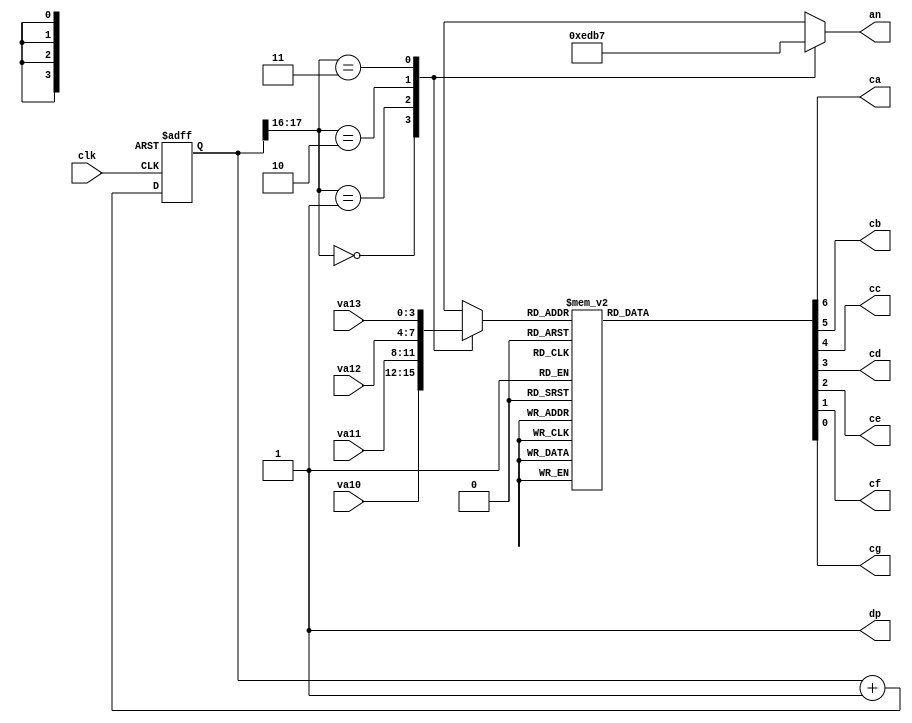
`timescale 1ns / 1ps
//////////////////////////////////////////////////////////////////////////////////
// Company: 
// Engineer: 
// 
// Design Name: 
// Module Name: quad_seven_seg
// Project Name: 
// Target Devices: 
// Tool Versions: 
// Description: 
// 
// Dependencies: 
// 
// Revision:
// Revision 0.01 - File Created
// Additional Comments:
// 
//////////////////////////////////////////////////////////////////////////////////


module quad_seven_seg(
input wire clk,
input wire [3:0] va13,
input wire [3:0] va12,
input wire [3:0] va11,
input wire [3:0] va10,
output reg [3:0] an,
output reg ca,
output reg cb,
output reg cc,
output reg cd,
output reg ce,
output reg cf,
output reg cg,
output wire dp
);

assign dp =1'b1;

localparam N = 18;

// signal declaration
reg [N-1:0] q_reg;
wire [N-1:0] q_next; 
reg [3:0] sseg;
wire rst;   

//N-bit counter
always @(posedge clk, posedge rst)
begin
    if(rst)
        q_reg = 0;
    else
        q_reg = q_next;
end

assign q_next = q_reg +1;
// 2 MSB ofcounter to control 4-to-1 multiplexing
always@ *
begin
    case(q_reg[N-1:N-2])
        2'b00: begin
                an = 4'b1110;
                sseg = va10;
                end
        2'b01: begin
                an = 4'b1101;
                sseg = va11;
                end
        2'b10: begin
                an = 4'b1011;
                sseg = va12;
                end
        2'b11: begin
                an = 4'b0111;
                sseg = va13;
                end
    endcase
end
// 4 to 7 Decoder
always @*
      case(sseg)
    4'd0 : {ca,cb,cc,cd,ce,cf,cg} = {7'b0000001};
    4'd1 : {ca,cb,cc,cd,ce,cf,cg} = {7'b1001111}; 
    4'd2 : {ca,cb,cc,cd,ce,cf,cg} = {7'b0010010}; 
    4'd3 : {ca,cb,cc,cd,ce,cf,cg} = {7'b0000110}; 
    4'd4 : {ca,cb,cc,cd,ce,cf,cg} = {7'b1001100}; 
    4'd5 : {ca,cb,cc,cd,ce,cf,cg} = {7'b0100100}; 
    4'd6 : {ca,cb,cc,cd,ce,cf,cg} = {7'b0100000}; 
    4'd7 : {ca,cb,cc,cd,ce,cf,cg} = {7'b0001111}; 
    4'd8 : {ca,cb,cc,cd,ce,cf,cg} = {7'b0000000}; 
    4'd9 : {ca,cb,cc,cd,ce,cf,cg} = {7'b0000100};
    4'd10: {ca,cb,cc,cd,ce,cf,cg} = {7'b0001000};
    4'd11: {ca,cb,cc,cd,ce,cf,cg} = {7'b1100000};
    4'd12: {ca,cb,cc,cd,ce,cf,cg} = {7'b0110001};
    4'd13: {ca,cb,cc,cd,ce,cf,cg} = {7'b1000010};
    4'd14: {ca,cb,cc,cd,ce,cf,cg} = {7'b0110000};
    4'd15: {ca,cb,cc,cd,ce,cf,cg} = {7'b0111000};
    default : {ca,cb,cc,cd,ce,cf,cg} = 7'b1111110;
     endcase
endmodule